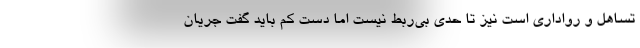
تساهل و رواداری است نیز تا حدی بی‌ربط نیست اما دستِ کم باید گفت جریان